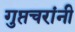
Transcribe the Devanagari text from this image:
गुप्तचरांनी